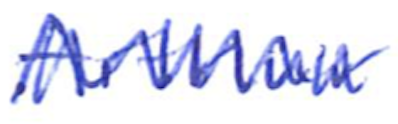
Text: Arthur
Cross-out: zig-zag
Writing tool: ballpoint